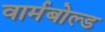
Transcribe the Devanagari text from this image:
वार्मबोल्ड